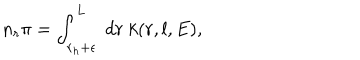
LaTeX: n _ { r } \pi = \int _ { r _ { h } + \epsilon } ^ { L } ~ d r ~ k ( r , l , E ) ,